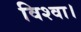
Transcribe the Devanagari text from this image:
विश्वा।